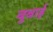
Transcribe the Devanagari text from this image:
बुबाई